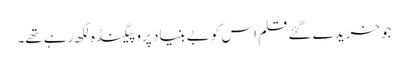
جو خریدے گئے قلم اس کو بے بنیاد پروپیگنڈہ لکھ رہے تھے۔